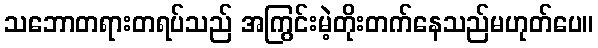
သဘောတရားတရပ်သည် အကြွင်းမဲ့တိုးတက်နေသည်မဟုတ်ပေ။